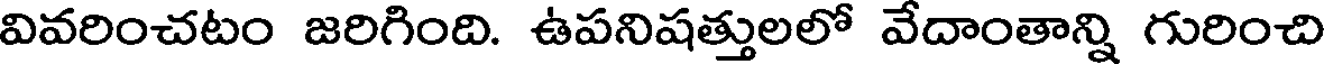
వివరించటం జరిగింది. ఉపనిషత్తులలో వేదాంతాన్ని గురించి